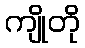
ကျိုတို